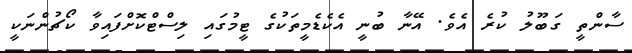
ސާންތީ ގަބޫލު ކުރެ އެވެ. އޭނާ ބުނީ އެކެޑެމީތަކުގެ ޓީމުގައި ލިސްޓްކޮށްފައިވާ ކޯޗުންނަކީ